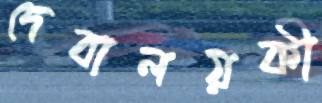
দেবালয়কী